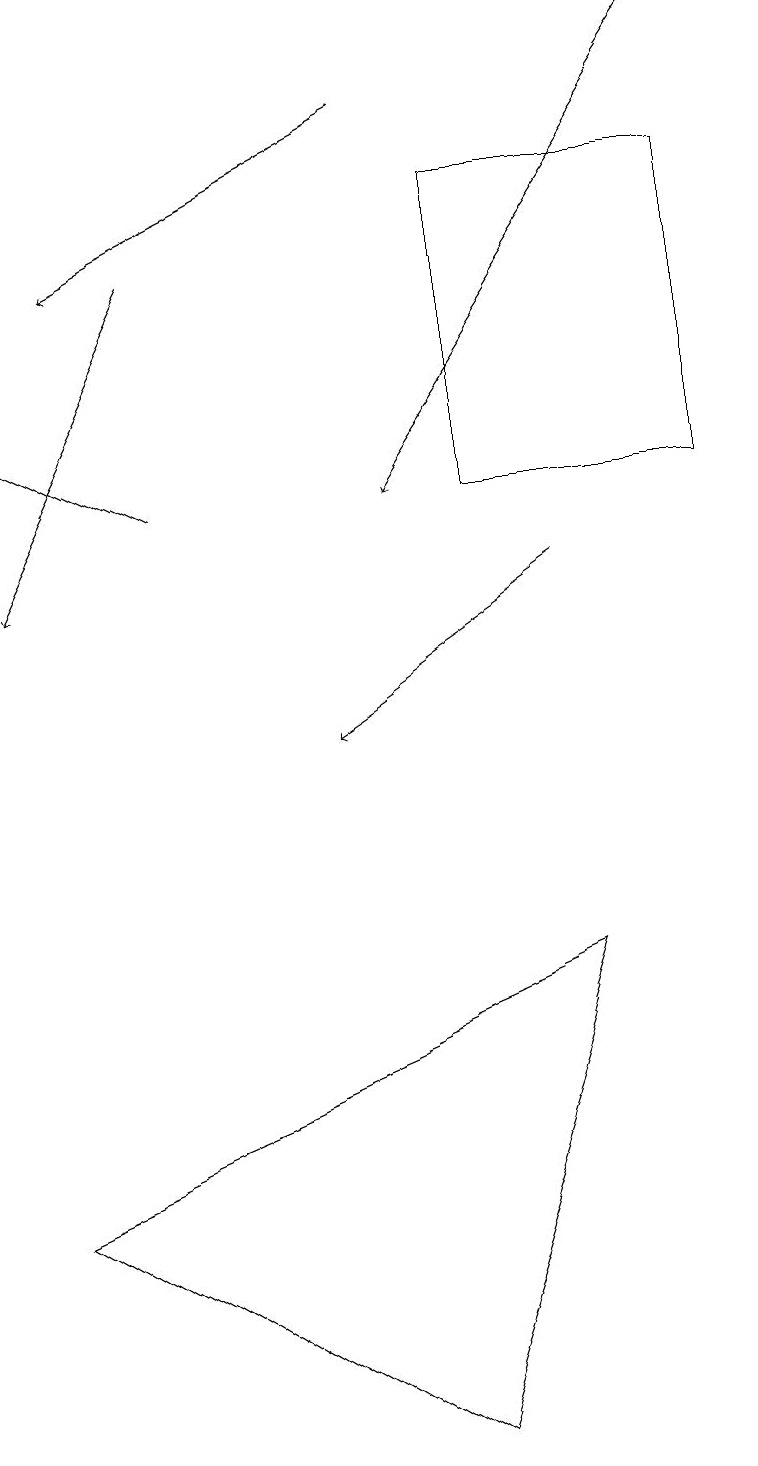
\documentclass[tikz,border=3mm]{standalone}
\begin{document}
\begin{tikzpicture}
\draw[->] (5,18) -- (1,16);
\draw (9,17) rectangle (6,13);
\draw[->] (9,19) -- (5,13);
\draw[->] (2,16) -- (0,12);
\draw[->] (7,12) -- (4,10);
\draw[->] (2,13) -- (0,14);
\draw (5,1) -- (0,4) -- (7,7) -- cycle;
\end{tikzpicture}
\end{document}